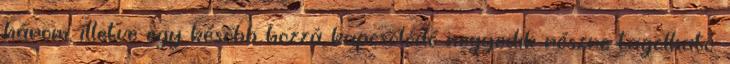
három, illetve egy később hozzá kapcsolódó negyedik részre tagolható: